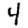
Digit: 4